Laane_maakonnavalitsus, lk 6
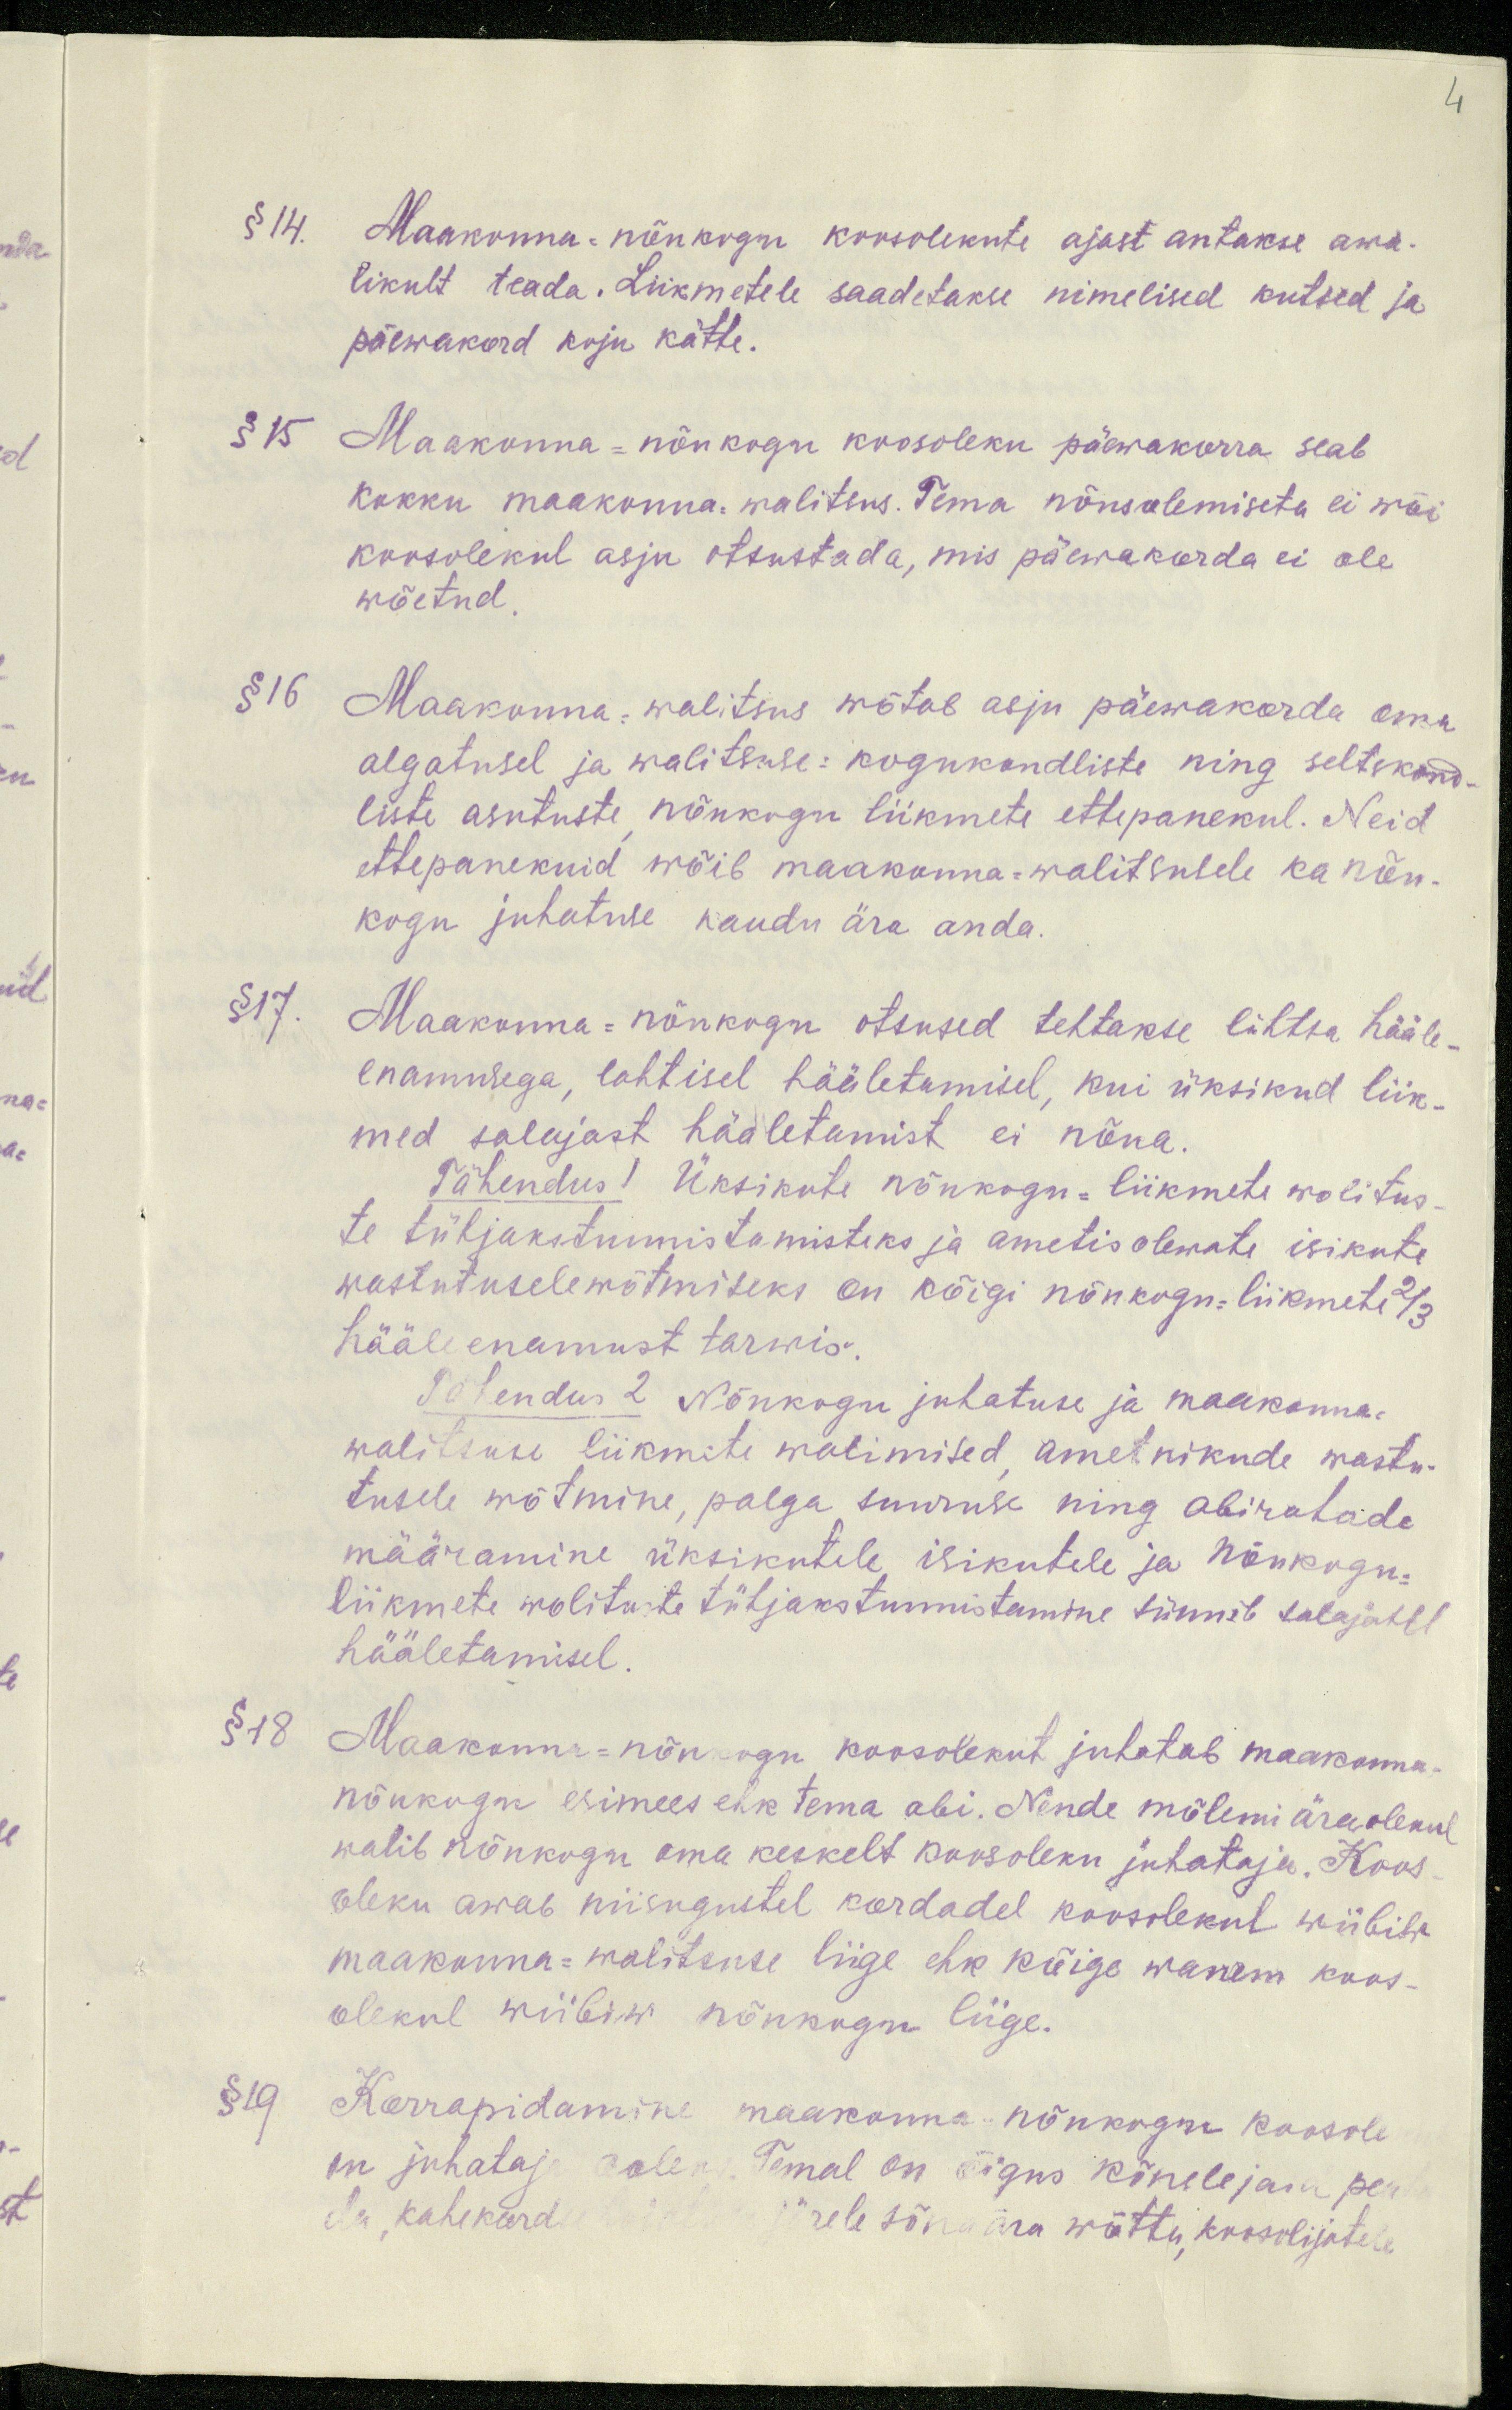
4

§ 14. Maakonna-nõukogu koosolekute ajast antakse awa-
likult teada. Liikmetele saadetakse nimelised kutsed ja
päewakord koju kätte.
§ 15 Maakonna-nõukogu koosoleku päewakorra seab
kokku maakonna. walitsus. Tema nõusolemiseta ei wõi
koosolekul asju otsustada, mis päewakorda ei ole
wõetud.
§ 16 Maakonna-walitsus wõtab asju päewakorda oma
algatusel ja walitsuse: kogukondliste ning seltskond.
liste asutuste nõukogu liikmete ettepanekul. Neid
ettepanekuid wõib maakonna-walitsusele ka nõu-
kogu juhatuse kaudu ära anda.
§17.
Maakonna-nõukogu otsused tehtakse lihtsa hääle-
enamusega, lahtisel hääletamisel, kui üksikud liik-
med salajast hääletamist ei nõna.
Tähendus 1. Üksikute nõukogu-liikmete wolitus-
te tühjakstunnistamisteks ja ametis olewate isikute
wastutuselewõtmiseks on kõigi nõukogu-liikmete 2/3
hääleenamust tarwis.
Tähendus 2. Nõukogu juhatuse ja maakonna-
walitsuse liikmete walimised ametnikude wastu-
tusele wõtmine, palga suuruse ning abirahade
määramine üksikutele isikutele ja nõukogu
liikmete wolituste tühjakstunnistamine sünnib salajasel
hääletamisel.
§ 18.
Maakonna-nõukogu koosolekut juhatab maakonna-
nõukogu esimees ehk tema abi. Nende mõlemi äraolekul
walib nõukogu oma keskelt koosoleku juhataja. Koos
oleku awab niisugustel kordadel koosolekul wiibiw
maakonna-walitsuse liige ehk kõige wanem koos-
olekul wiibiw nõukogu liige.
§ 19.
Korrapidamine maakonna nõukogu koosole
on juhataja polen. Temal on õigus kõnelejagu pea-
da, kahekord järele sõna ära wõtta, koosolijatele